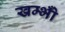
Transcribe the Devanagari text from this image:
खम्भोँ